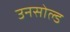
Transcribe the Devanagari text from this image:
उनसोल्ड